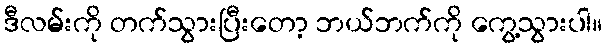
ဒီလမ်းကို တက်သွားပြီးတော့ ဘယ်ဘက်ကို ကွေ့သွားပါ။